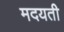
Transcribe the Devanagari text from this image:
मदयती